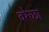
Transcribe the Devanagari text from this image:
वरेच्छा